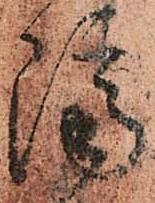
隔